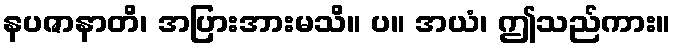
နပဇာနာတိ၊ အပြားအားမသိ။ ပ။ အယံ၊ ဤသည်ကား။